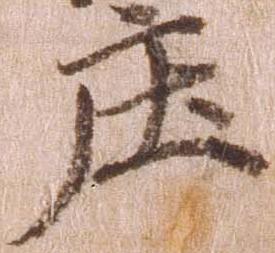
庄